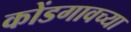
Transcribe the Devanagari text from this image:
कोंडगावच्या